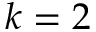
k = 2